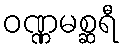
ဝဏ္ဏမစ္ဆရီ